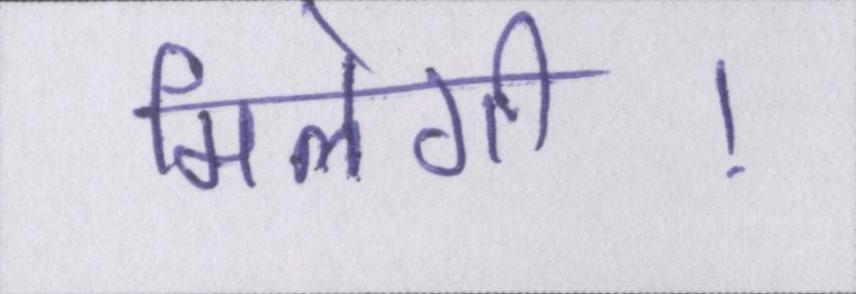
मिलेगी।